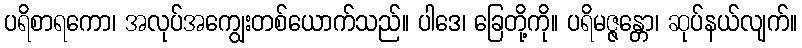
ပရိစာရကော၊ အလုပ်အကျွေးတစ်ယောက်သည်။ ပါဒေ၊ ခြေတို့ကို။ ပရိမဇ္ဇန္တော၊ ဆုပ်နယ်လျက်။